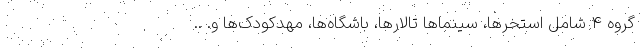
گروه ۴ شامل استخرها، سینماها تالارها، باشگاه‌ها، مهدکودک‌ها و. ..